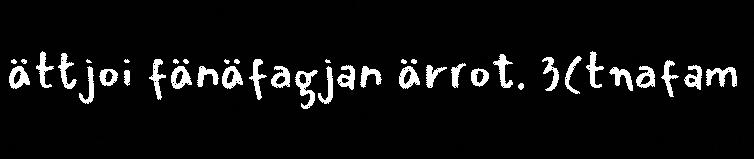
ättjoi fänäfagjan ärrot. 3(tnafam